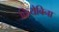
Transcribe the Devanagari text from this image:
कियेबिना